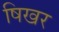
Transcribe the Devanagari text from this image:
षिखर